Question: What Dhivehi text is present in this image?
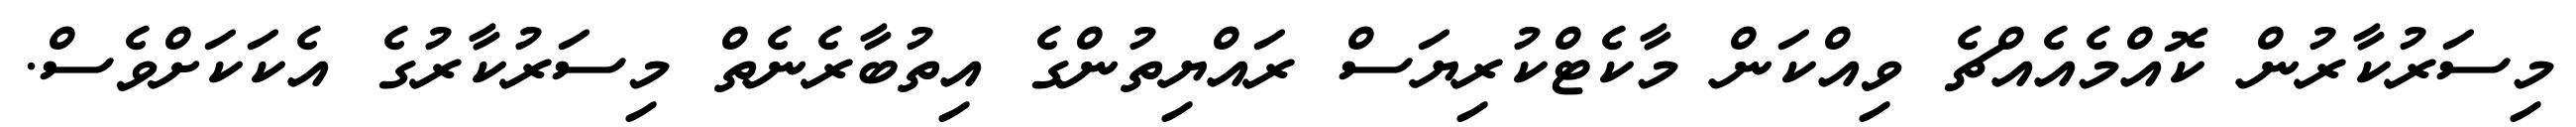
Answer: މިސަރުކާރުން ކޮއްމެއެއްޗެ ވިއްކަން މާކެޓްކުރިޔަސް ރައްޔިތުންގެ އިތުބާރެނެތް މިސަރުކާރުގެ އެކަކަށްވެސް.